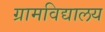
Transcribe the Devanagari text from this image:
ग्रामविद्यालय